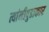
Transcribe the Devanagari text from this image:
त्यांनीपुढाकार